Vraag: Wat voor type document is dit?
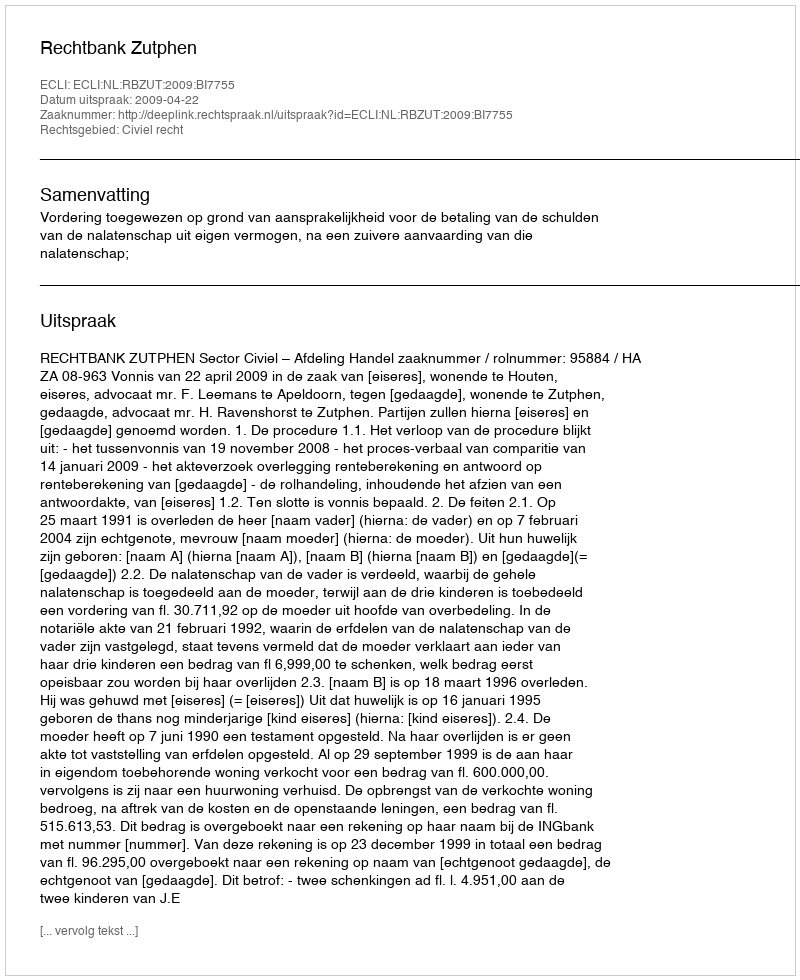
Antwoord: Uitspraak